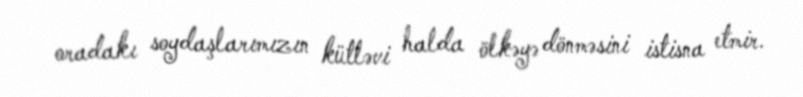
oradakı soydaşlarımızın kütləvi halda ölkəyə dönməsini istisna etmir.